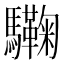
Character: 驧